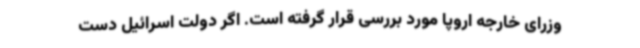
وزرای خارجه اروپا مورد بررسی قرار گرفته است. اگر دولت اسرائیل دست